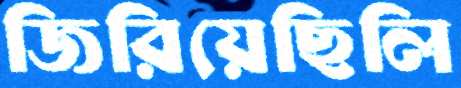
জিরিয়েছিলি